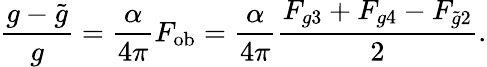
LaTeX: \frac{g-\tilde{g}}{g}=\frac{\alpha}{4\pi}F_{\mathrm{ob}}=\frac{\alpha}{4\pi}\frac{F_{g3}+F_{g4}-F_{\tilde{g}2}}{2}.